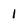
Character: 1